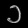
Digit: ၁